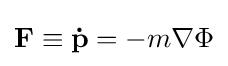
\mathbf {F} \equiv \mathbf {\dot {p}} =-m\nabla \Phi